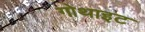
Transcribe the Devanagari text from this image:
गोथाइट